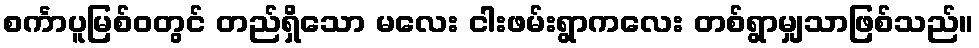
စင်္ကာပူမြစ်ဝတွင် တည်ရှိသော မလေး ငါးဖမ်းရွာကလေး တစ်ရွာမျှသာဖြစ်သည်။